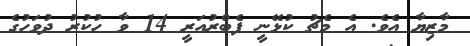
މާޒިޔާ އެވެ. އެ މެޗު ކުޅޭނީ ފެބްރުއަރީ 14 ވާ ހުކުރު ދުވަހުގެ